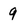
Character: 9